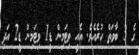
ގެ 3 ބާވަތް ހުރެއެވެ. އެއީ ވިޓަމިން ޑީ1 ވިޓަމިން ޑީ2 އަދި